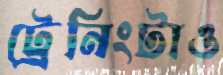
ট্রেনিংটাও